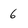
Character: 6